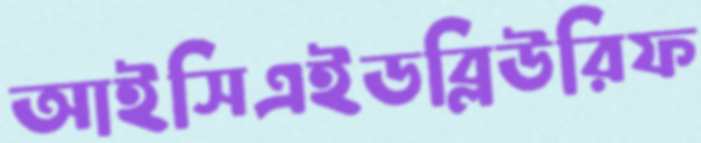
আইসিএইডব্লিউরিফ